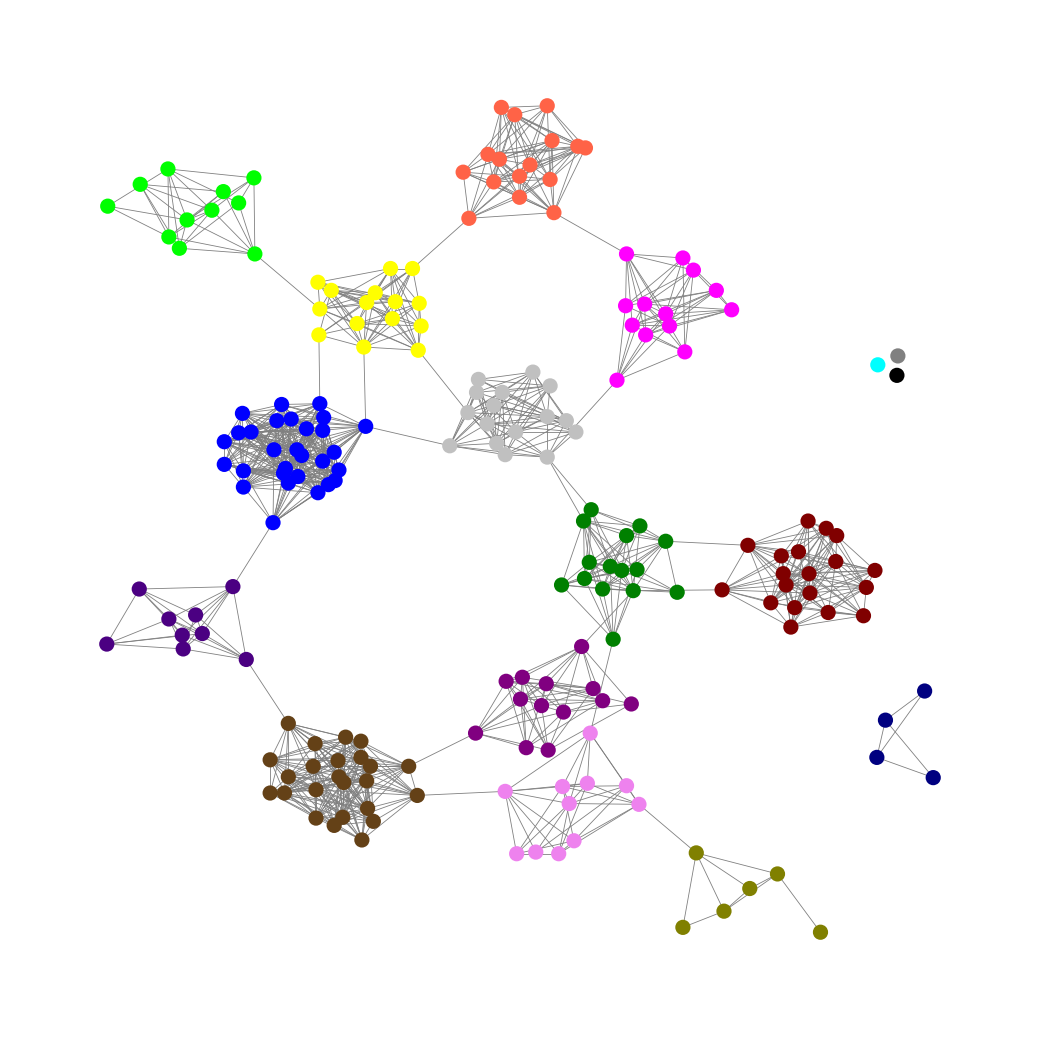
Graph connected: No
Number of connected components: 5
Number of singletons: 3
Total number of nodes: 204
Total number of edges: 1128
Number of communities: 17
Community sizes:
Aqua: 1
Black: 1
Blue: 29
Fuchsia: 13
Gray: 1
Green: 15
Indigo: 9
Lime: 11
Maroon: 19
Navy: 4
Olive: 6
Pullman Brown: 24
Purple: 13
Silver: 16
Tomato: 16
Violet: 11
Yellow: 15
Graph layout: tda
Graph generation method: erdos_renyi